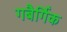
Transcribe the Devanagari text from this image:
गबैर्गिक